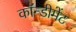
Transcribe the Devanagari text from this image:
कॉन्डीमेंट